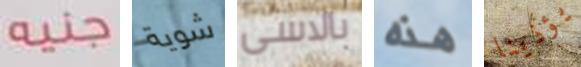
جنيه شوية بالاسى هذه يؤذينا